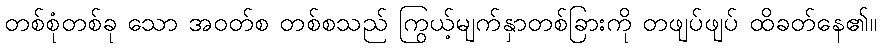
တစ်စုံတစ်ခု သော အဝတ်စ တစ်စသည် ကြွယ့်မျက်နှာတစ်ခြားကို တဖျပ်ဖျပ် ထိခတ်နေ၏။